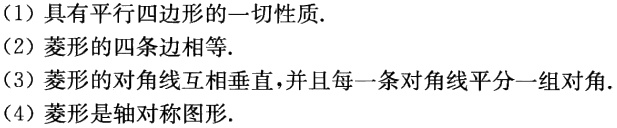
（1）具有平行四边形的一切性质.
（2）菱形的四条边相等.
（3）菱形的对角线互相垂直，并且每一条对角线平分一组对角.
（4）菱形是轴对称图形.